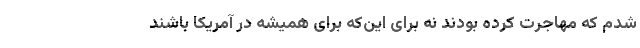
شدم که مهاجرت کرده بودند نه برای این‌که برای همیشه در آمریکا باشند